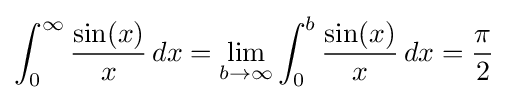
\int _{0}^{\infty }{\frac {\sin(x)}{x}}\,dx=\lim _{b\to \infty }\int _{0}^{b}{\frac {\sin(x)}{x}}\,dx={\frac {\pi }{2}}